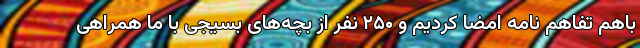
باهم تفاهم نامه امضا کردیم و ۲۵۰ نفر از بچه‌های بسیجی با ما همراهی